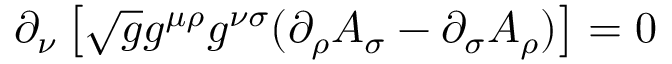
\partial _ { \nu } \left[ \sqrt { g } g ^ { \mu \rho } g ^ { \nu \sigma } ( \partial _ { \rho } A _ { \sigma } - \partial _ { \sigma } A _ { \rho } ) \right] = 0